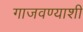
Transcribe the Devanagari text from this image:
गाजवण्याशी